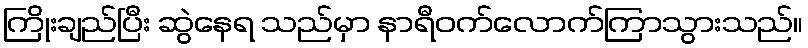
ကြိုးချည်ပြီး ဆွဲနေရ သည်မှာ နာရီဝက်လောက်ကြာသွားသည်။